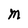
Character: M